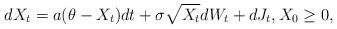
LaTeX: \begin{align*} dX_{t}=a(\theta-X_{t})dt +\sigma \sqrt{X_{t}}dW_{t}+dJ_t, X_0 \geq 0, \end{align*}